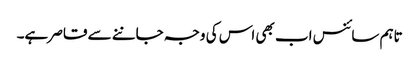
تاہم سائنس اب بھی اس کی وجہ جاننے سے قاصر ہے۔